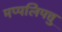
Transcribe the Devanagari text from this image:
मप्पलिपत्तु